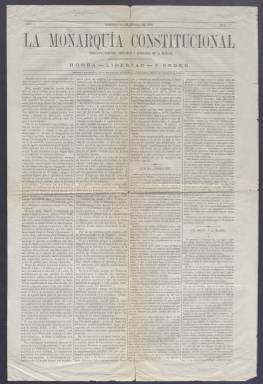
Título: La Monarquía constitucional
Colección: Periódicos anteriores a 1850
Ámbito geográfico: Madrid
Lugar de publicación: Madrid
Fechas: 10/01/1836-10/01/1836